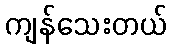
ကျန်သေးတယ်